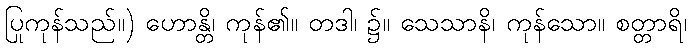
ပြုကုန်သည်။) ဟောန္တိ၊ ကုန်၏။ တဒါ၊ ၌။ သေသာနိ၊ ကုန်သော။ စတ္တာရိ၊